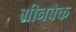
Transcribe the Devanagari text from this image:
ग्रीनबैक